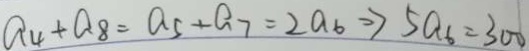
a _ { 4 } + a _ { 8 } = a _ { 5 } + a _ { 7 } = 2 a _ { 6 } \Rightarrow 5 a _ { 6 } = 3 0 0